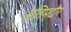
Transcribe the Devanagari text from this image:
अंतिमदौर